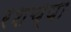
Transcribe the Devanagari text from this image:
रशच्या